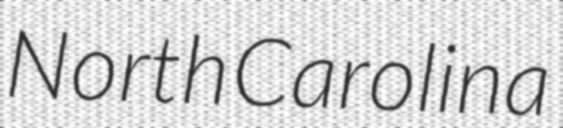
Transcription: North Carolina